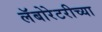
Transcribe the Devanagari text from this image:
लॅबोरेटरीच्या